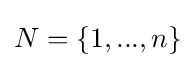
\textstyle N=\left\{1,...,n\right\}